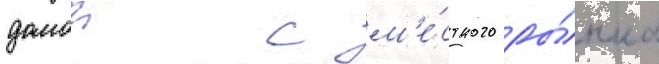
домои с м'е́стного ры́нка